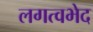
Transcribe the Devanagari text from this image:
लगत्वभेद